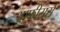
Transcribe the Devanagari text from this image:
आफ़ीसर्स